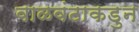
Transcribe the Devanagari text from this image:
वाळवंटाकडुन